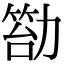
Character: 𠢙